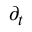
\scriptstyle \partial _ { t }